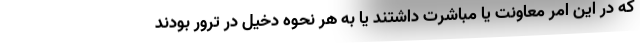
که در این امر معاونت یا مباشرت داشتند یا به هر نحوه دخیل در ترور بودند